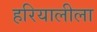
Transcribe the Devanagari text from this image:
हरियालीला